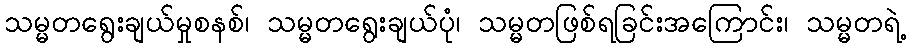
သမ္မတရွေးချယ်မှုစနစ်၊ သမ္မတရွေးချယ်ပုံ၊ သမ္မတဖြစ်ရခြင်းအကြောင်း၊ သမ္မတရဲ့